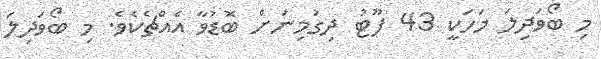
މި ބޯވަދިލަ މަަހަކީ 43 ފޫޓު ދިގުމިނަށް ބޮޑުވާ އެއްޗެކެވެ. މި ބޯވަދިލަ